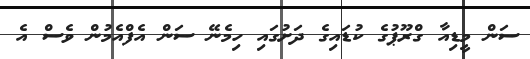
ސަން މީޑިއާ ގްރޫޕުގެ ކުޑައިގެ ދަށުގައި ހިމެނޭ ސަން އެފްއެމުން ވެސް އެ